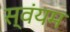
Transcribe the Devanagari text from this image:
स्‍वंयम